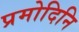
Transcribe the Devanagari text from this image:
प्रमोदिनि